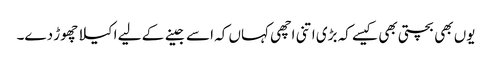
یوں بھی بچتی بھی کیسے کہ بڑی اتنی اچھی کہاں کہ اسے جینے کے لیے اکیلا چھوڑ دے۔